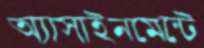
অ্যাসাইনমেন্টে